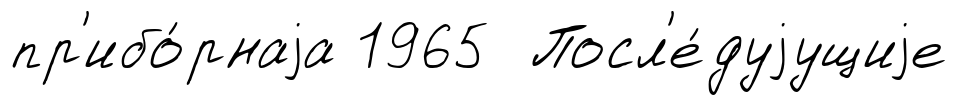
пр'ибо́рнаjа 1965 Посл'е́дуjущиjе